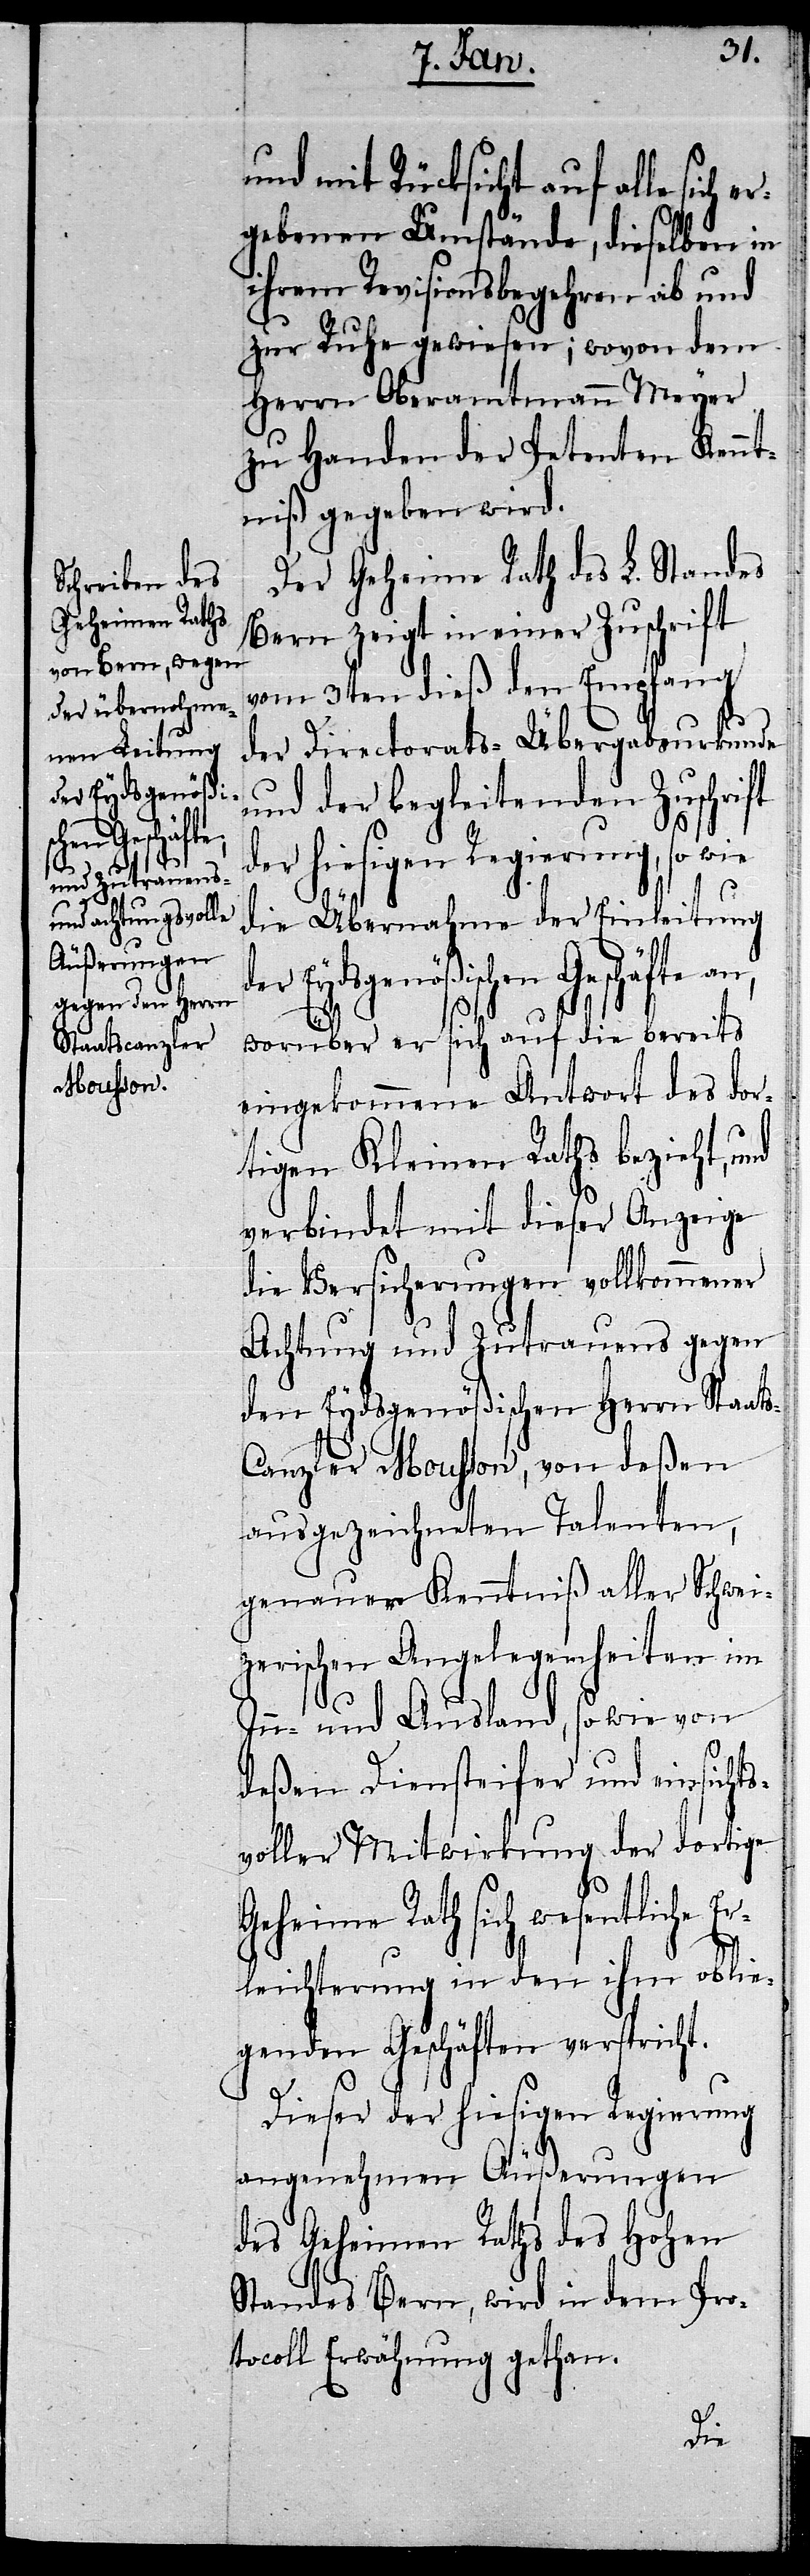
der Eydsgenößi¬
schen Geschäfte

und mit Rücksicht auf alle sich
gebenen Umstände, dieselben in
ihrem Revisionsbegehren ab und
zur Ruhe gewiesen; wovon dem
Herrn Oberamtmann Meyer
zu Handen der Petenten Kennt¬
niß gegeben wird.
Der Geheime Rath des L. Standes
Bern zeigt in einer Zuschrift
vom 3ten dieß den Empfang
der Directorats-Übergabsurkunde
und der begleitenden Zuschrift
d¬
er hiesigen Regierung, so wie
die Übernahme der Einleitung
worüber er sich auf die bereits
eingekommene Antwort des dor¬
tigen Kleinen Raths bezieht, und
verbindet mit dieser Anzeige
die Versicherungen vollkommener
Achtung und Zutrauens gegen
den Eydsgenößischen Herrn Staat¬
anzler Mousson, von deßen
ausgezeichneten Talenten,
genauer Kenntniß aller Schwei¬
zerischen Angelegenheiten im
In- und Ausland, so wie von
deßen Diensteifer und einsichts¬
voller Mitwirkung der dortige
Geheime Rath sich wesentliche E¬
rleichterung in den ihm oblie¬
genden Geschäften verspricht.
Dieser der hiesigen Regierung
angenehmen Äußerungen
des Geheimen Raths des Hohen
Standes Bern, wird in dem Pro¬
tocoll Erwähnung gethan.
s-C¬